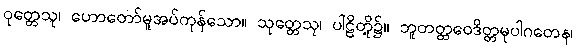
ဝုတ္တေသု၊ ဟောတော်မူအပ်ကုန်သော။ သုတ္တေသု၊ ပါဠိတို့၌။ ဘူတတ္ထဝေဒိတ္တမုပါဂတေန၊